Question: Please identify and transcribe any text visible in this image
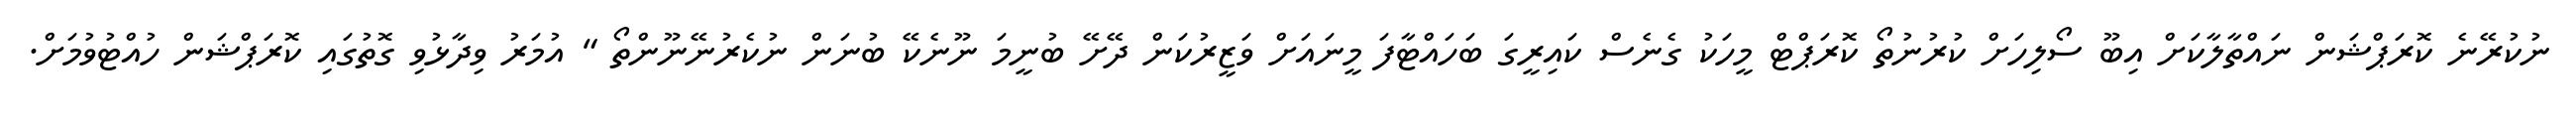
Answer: ނުކުރޭނެ ކޮރަޕްޝަން ނައްތާލާކަށް އިބޫ ސޯލިހަށް ކުރުނުތޯ ކޮރަޕްޓް މީހަކު ގެނެސް ކައިރީގަ ބަހައްޓާފަ މީނައަށް ވަޒީރުކަން ދޭށޭ ބުނީމަ ނޫނެކޭ ބުނަން ނުކެރުނޭނޫންތޯ " އުމަރު ވިދާޅުވި ގޮތުގައި ކޮރަޕްޝަން ހުއްޓުވުމަށް.